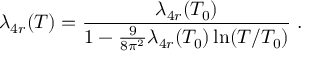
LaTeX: \lambda _ { 4 r } ( T ) = \frac { \lambda _ { 4 r } ( T _ { 0 } ) } { 1 - \frac { 9 } { 8 \pi ^ { 2 } } \lambda _ { 4 r } ( T _ { 0 } ) \ln ( T / T _ { 0 } ) } \; .